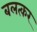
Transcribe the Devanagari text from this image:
बलत्कर